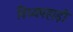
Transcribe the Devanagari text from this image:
विंध्यपहाड़ी